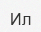
Ил